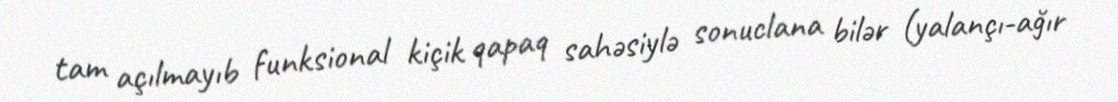
tam açılmayıb funksional kiçik qapaq sahəsiylə sonuclana bilər (yalançı-ağır